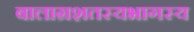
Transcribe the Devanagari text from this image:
बालाग्रशतस्यभागस्य